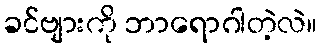
ခင်ဗျားကို ဘာရောဂါတဲ့လဲ။